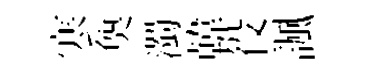
寒奐濁韓役諷